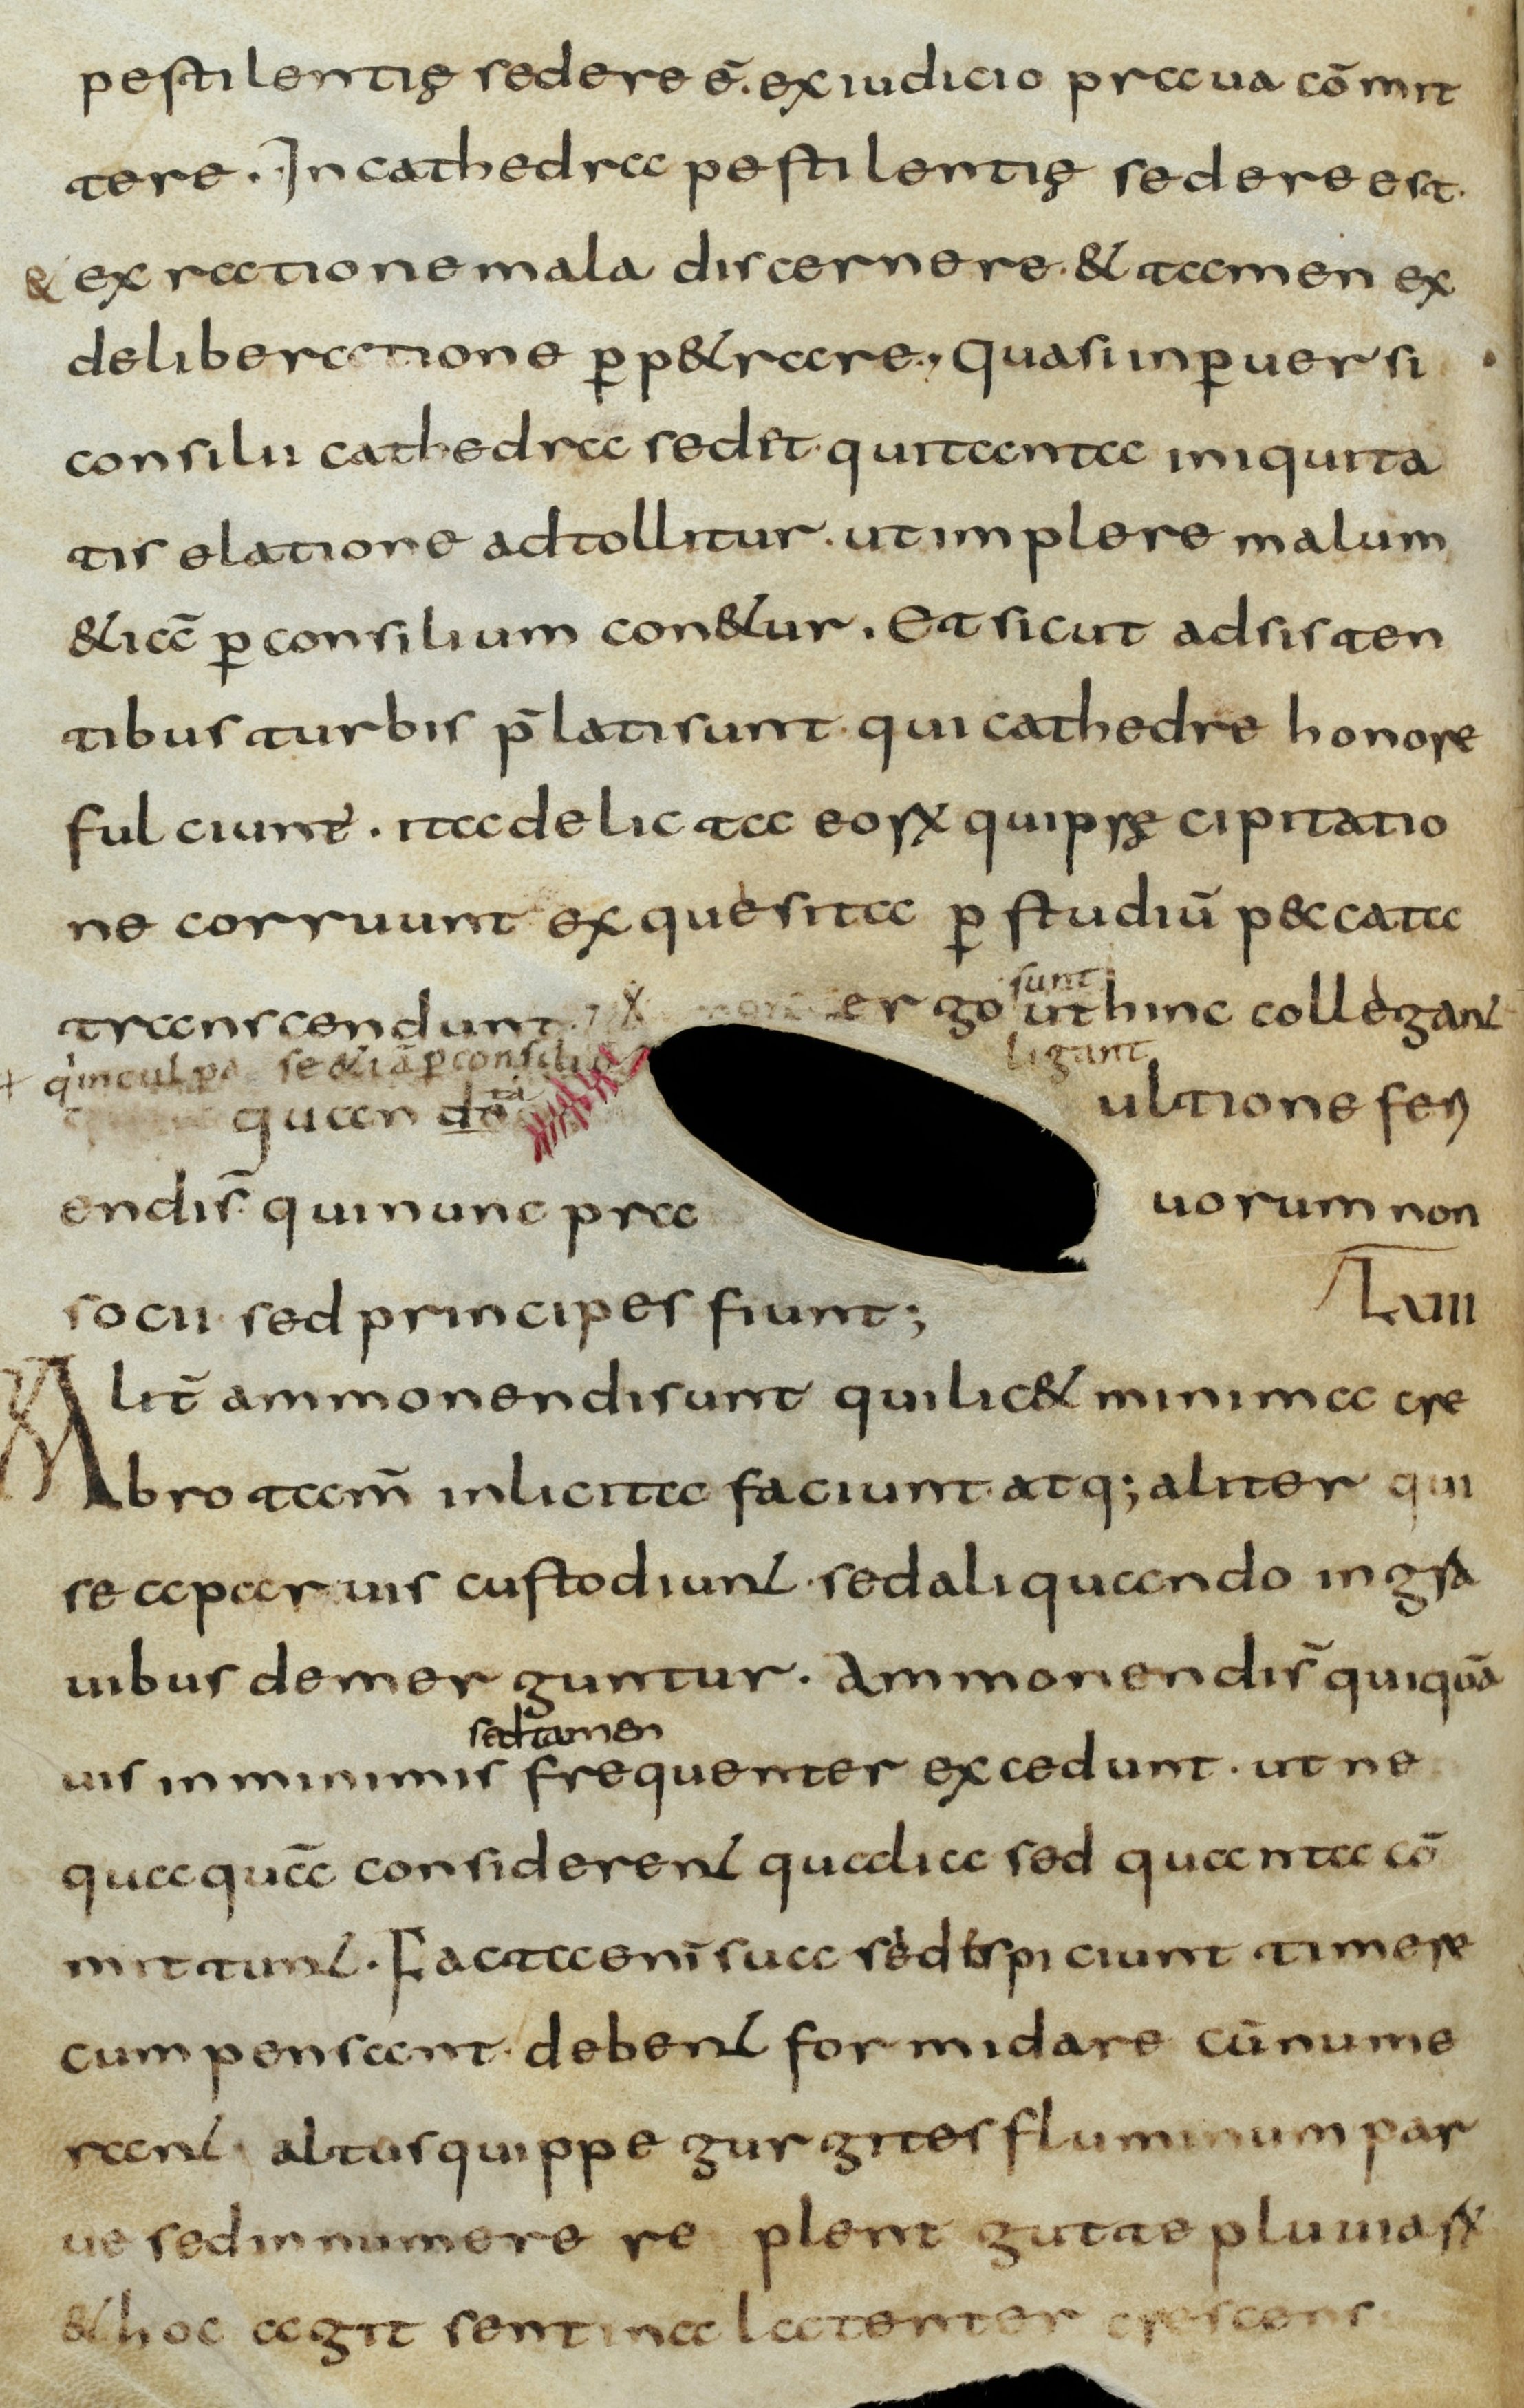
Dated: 800–830